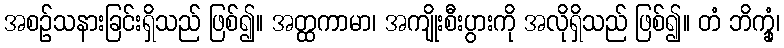
အစဉ်သနားခြင်းရှိသည် ဖြစ်၍။ အတ္ထကာမာ၊ အကျိုးစီးပွားကို အလိုရှိသည် ဖြစ်၍။ တံ ဘိက္ခုံ၊